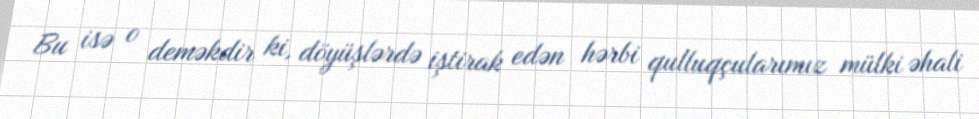
Bu isə o deməkdir ki, döyüşlərdə iştirak edən hərbi qulluqçularımız mülki əhali